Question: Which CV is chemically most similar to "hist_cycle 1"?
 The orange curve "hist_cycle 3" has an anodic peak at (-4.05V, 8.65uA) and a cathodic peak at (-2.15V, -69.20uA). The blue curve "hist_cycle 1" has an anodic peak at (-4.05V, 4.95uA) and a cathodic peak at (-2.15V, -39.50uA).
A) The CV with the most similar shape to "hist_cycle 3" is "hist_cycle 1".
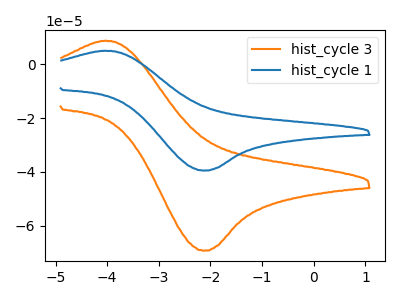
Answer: <think>All the peaks in "hist_cycle 3" have a peak in "hist_cycle 1" at the same potential. Every peak in "hist_cycle 3" is higher than every peak in "hist_cycle 1".
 </think>
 <answer>A) The CV with the most similar shape to "hist_cycle 3" is "hist_cycle 1".</answer>
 <eval>A</eval>